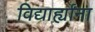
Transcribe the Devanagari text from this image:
विद्यार्ह्यांना